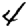
Digit: 4